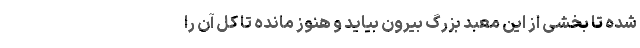
شده تا بخشی از این معبد بزرگ بیرون بیاید و هنوز مانده تا کل آن را